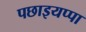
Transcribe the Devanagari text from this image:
पछाइयप्पा